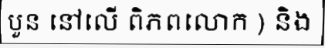
បួន នៅលើ ពិភពលោក ) និង